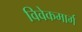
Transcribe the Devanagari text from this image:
विवेकमार्ग